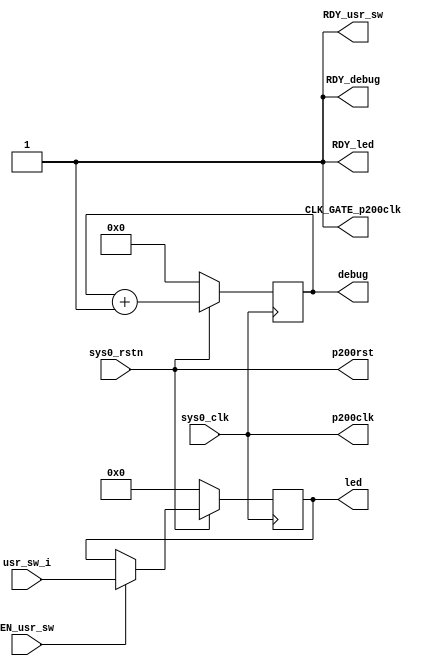
//
// Generated by Bluespec Compiler, version 2011.03.beta1 (build 23381, 2011-03-08)
//
// On Fri May  6 07:43:57 EDT 2011
//
//
// Ports:
// Name                         I/O  size props
// RDY_usr_sw                     O     1 const
// led                            O     8 reg
// RDY_led                        O     1 const
// debug                          O    32 reg
// RDY_debug                      O     1 const
// p200clk                        O     1
// CLK_GATE_p200clk               O     1 const
// p200rst                        O     1
// sys0_clk                       I     1
// sys0_rstn                      I     1
// usr_sw_i                       I     8 reg
// EN_usr_sw                      I     1
//
// No combinational paths from inputs to outputs
//
//

`ifdef BSV_ASSIGNMENT_DELAY
`else
`define BSV_ASSIGNMENT_DELAY
`endif

module mkFTop_kc705(sys0_clk,
		    sys0_rstn,

		    usr_sw_i,
		    EN_usr_sw,
		    RDY_usr_sw,

		    led,
		    RDY_led,

		    debug,
		    RDY_debug,

		    p200clk,
		    CLK_GATE_p200clk,

		    p200rst);
  input  sys0_clk;
  input  sys0_rstn;

  // action method usr_sw
  input  [7 : 0] usr_sw_i;
  input  EN_usr_sw;
  output RDY_usr_sw;

  // value method led
  output [7 : 0] led;
  output RDY_led;

  // value method debug
  output [31 : 0] debug;
  output RDY_debug;

  // oscillator and gates for output clock p200clk
  output p200clk;
  output CLK_GATE_p200clk;

  // output resets
  output p200rst;

  // signals for module outputs
  wire [31 : 0] debug;
  wire [7 : 0] led;
  wire CLK_GATE_p200clk, RDY_debug, RDY_led, RDY_usr_sw, p200clk, p200rst;

  // register freeCnt
  reg [31 : 0] freeCnt;
  wire [31 : 0] freeCnt$D_IN;
  wire freeCnt$EN;

  // register swReg
  reg [7 : 0] swReg;
  wire [7 : 0] swReg$D_IN;
  wire swReg$EN;

  // oscillator and gates for output clock p200clk
  assign p200clk = sys0_clk ;
  assign CLK_GATE_p200clk = 1'd1 ;

  // output resets
  assign p200rst = sys0_rstn ;

  // action method usr_sw
  assign RDY_usr_sw = 1'd1 ;

  // value method led
  assign led = swReg ;
  assign RDY_led = 1'd1 ;

  // value method debug
  assign debug = freeCnt ;
  assign RDY_debug = 1'd1 ;

  // register freeCnt
  assign freeCnt$D_IN = freeCnt + 32'd1 ;
  assign freeCnt$EN = 1'd1 ;

  // register swReg
  assign swReg$D_IN = usr_sw_i ;
  assign swReg$EN = EN_usr_sw ;

  // handling of inlined registers

  always@(posedge sys0_clk)
  begin
    if (!sys0_rstn)
      begin
        freeCnt <= `BSV_ASSIGNMENT_DELAY 32'd0;
	swReg <= `BSV_ASSIGNMENT_DELAY 8'd0;
      end
    else
      begin
        if (freeCnt$EN) freeCnt <= `BSV_ASSIGNMENT_DELAY freeCnt$D_IN;
	if (swReg$EN) swReg <= `BSV_ASSIGNMENT_DELAY swReg$D_IN;
      end
  end

  // synopsys translate_off
  `ifdef BSV_NO_INITIAL_BLOCKS
  `else // not BSV_NO_INITIAL_BLOCKS
  initial
  begin
    freeCnt = 32'hAAAAAAAA;
    swReg = 8'hAA;
  end
  `endif // BSV_NO_INITIAL_BLOCKS
  // synopsys translate_on
endmodule  // mkFTop_kc705